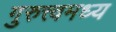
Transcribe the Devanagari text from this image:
गुरुत्त्वमध्य